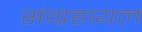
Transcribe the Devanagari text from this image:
संग्रहायल